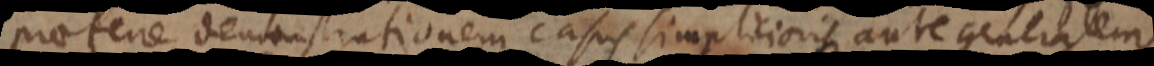
praeferre demonstrationem casus simplicioris ante generalem.